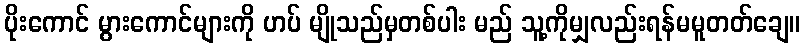
ပိုးကောင် မွားကောင်များကို ဟပ် မျိုသည်မှတစ်ပါး မည် သူ့ကိုမျှလည်းရန်မမူတတ်ချေ။